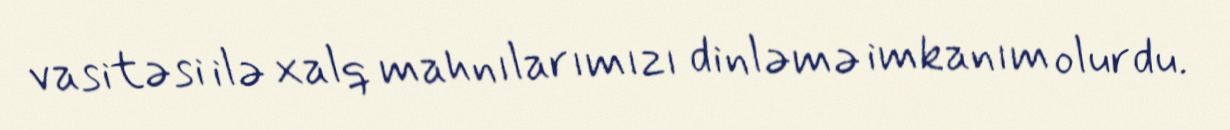
vasitəsi ilə xalq mahnılarımızı dinləmə imkanım olurdu.